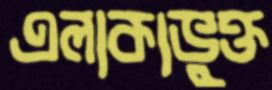
এলাকাভুক্ত